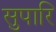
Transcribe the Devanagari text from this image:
सुपारि